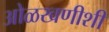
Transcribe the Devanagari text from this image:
ओळखणीशी